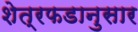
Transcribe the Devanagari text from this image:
शेत्रफडानुसार